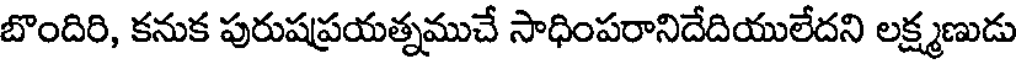
బొందిరి, కనుక పురుషప్రయత్నముచే సాధింపరానిదేదియులేదని లక్ష్మణుడు